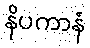
နိပကာနံ